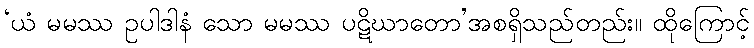
‘ယံ မမဿ ဥပါဒါနံ သော မမဿ ပဋိဃာတော’အစရှိသည်တည်း။ ထိုကြောင့်